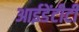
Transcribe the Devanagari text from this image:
आईडेंटीटी